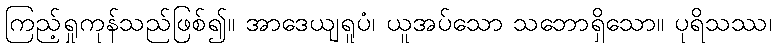
ကြည့်ရှုကုန်သည်ဖြစ်၍။ အာဒေယျရူပံ၊ ယူအပ်သော သဘောရှိသော။ ပုရိသဿ၊